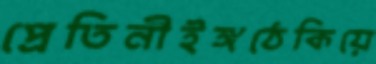
প্রেতিনীইঙ্গঠেকিয়ে